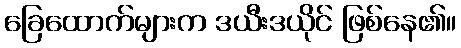
ခြေထောက်များက ဒယီးဒယိုင် ဖြစ်နေ၏။